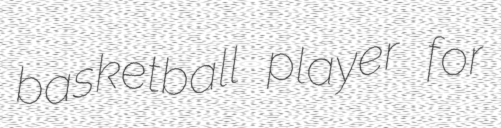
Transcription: basketball player for